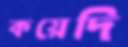
কয়েদি